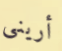
أريني